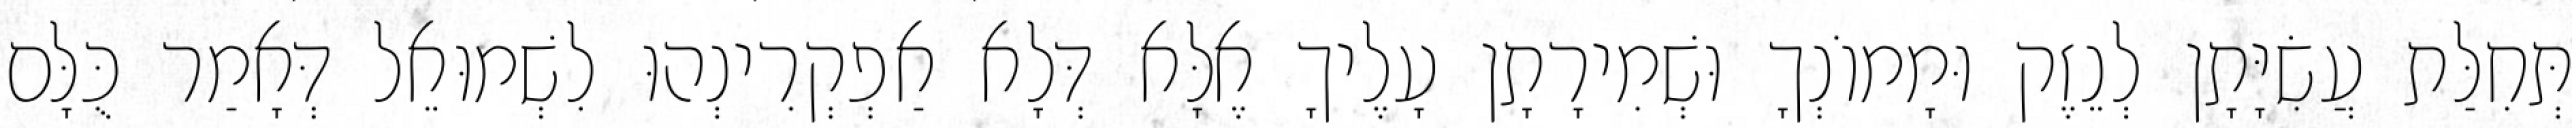
תְּחִלַּת עֲשִׂיָּתָן לְנֵזֶק וּמָמוֹנְךָ וּשְׁמִירָתָן עָלֶיךָ אֶלָּא דְּלָא אַפְקְרִינְהוּ לִשְׁמוּאֵל דְּאָמַר כֻּלָּם